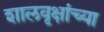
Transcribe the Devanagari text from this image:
शालवृक्षांच्या